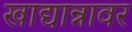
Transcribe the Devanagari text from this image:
खाद्यान्नावर